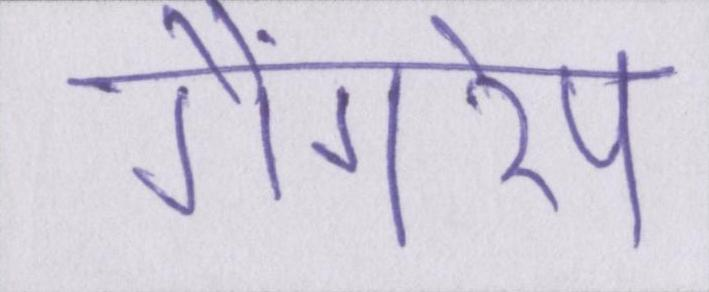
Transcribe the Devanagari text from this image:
गैंगरेप